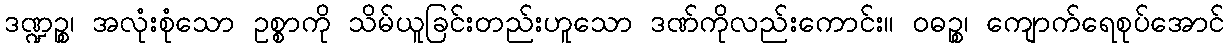
ဒဏ္ဍဉ္စ၊ အလုံးစုံသော ဥစ္စာကို သိမ်ယူခြင်းတည်းဟူသော ဒဏ်ကိုလည်းကောင်း။ ဝဓဉ္စ၊ ကျောက်ရေစုပ်အောင်